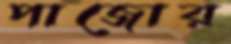
পাজোর